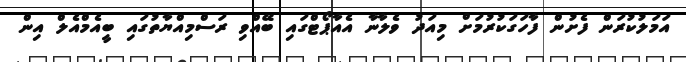
އަމަލުކުރަން ފެށުން ފާހަގަކުރުމަށް މިއަދު ވެލާނާ އެއާޕޯޓްގައި ބޭއްވި ރަސްމިއްޔާތުގައި ބީއެމްއެލް އިން